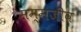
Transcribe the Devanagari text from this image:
सम्मजीव